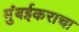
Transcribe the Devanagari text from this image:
मुंबईकराचा